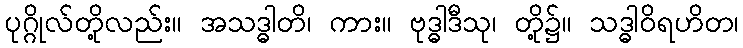
ပုဂ္ဂိုလ်တို့လည်း။ အသဒ္ဓါတိ၊ ကား။ ဗုဒ္ဓါဒီသု၊ တို့၌။ သဒ္ဓါဝိရဟိတ၊